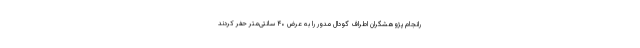
رانجام پژوهشگران اطراف گودال مدور را به عرض ۴۰ سانتی‌متر حفر کردند